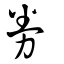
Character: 劵